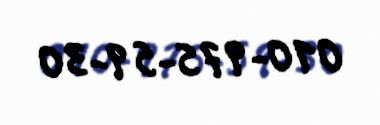
010-975-59-30